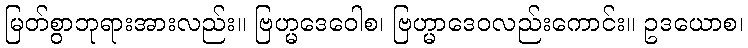
မြတ်စွာဘုရားအားလည်း။ ဗြဟ္မဒေဝေါစ၊ ဗြဟ္မာဒေဝလည်းကောင်း။ ဥဒယောစ၊